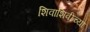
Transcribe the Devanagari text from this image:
शिवाशिवीच्या